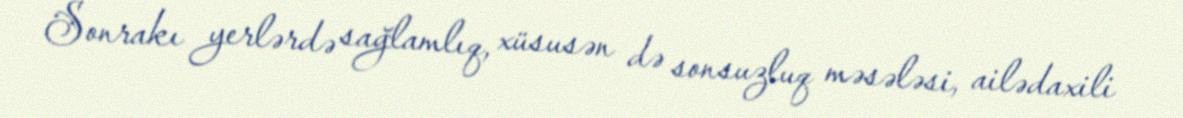
Sonrakı yerlərdə sağlamlıq, xüsusən də sonsuzluq məsələsi, ailədaxili